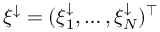
\xi ^ { \downarrow } = ( \xi _ { 1 } ^ { \downarrow } , \dots , \xi _ { N } ^ { \downarrow } ) ^ { \top }